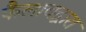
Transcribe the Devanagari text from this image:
फैलावद्वारा